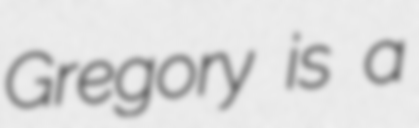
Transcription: Gregory is a